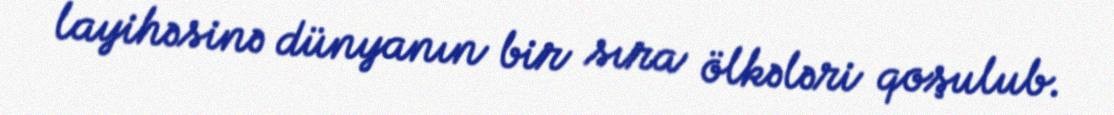
layihəsinə dünyanın bir sıra ölkələri qoşulub.